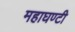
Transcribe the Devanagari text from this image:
महाघण्टी